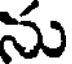
ను